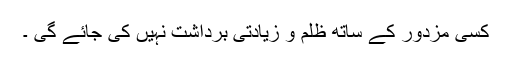
کسی مزدور کے ساتھ ظلم و زیادتی برداشت نہیں کی جائے گی ۔